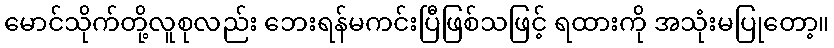
မောင်သိုက်တို့လူစုလည်း ဘေးရန်မကင်းပြီဖြစ်သဖြင့် ရထားကို အသုံးမပြုတော့။